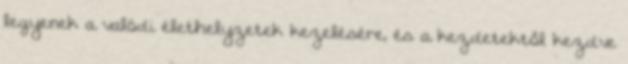
legyenek a valódi élethelyzetek kezelésére, és a kezdetektől kezdve